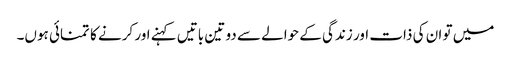
میں تو ان کی ذات اور زندگی کے حوالے سے دو تین باتیں کہنے اور کرنے کا تمنائی ہوں۔